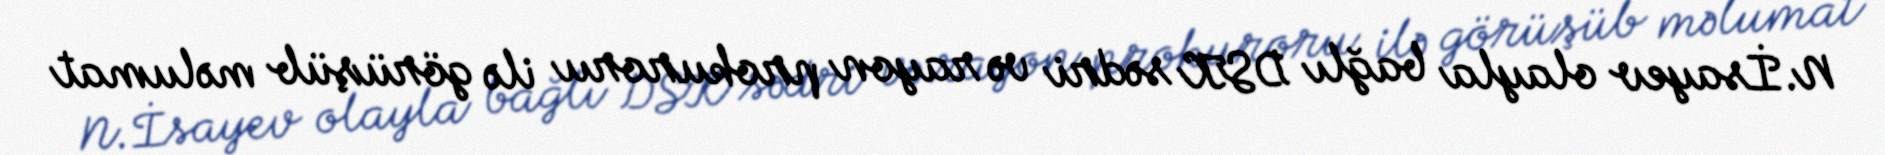
N.İsayev olayla bağlı DSK sədri və rayon prokuroru ilə görüşüb məlumat